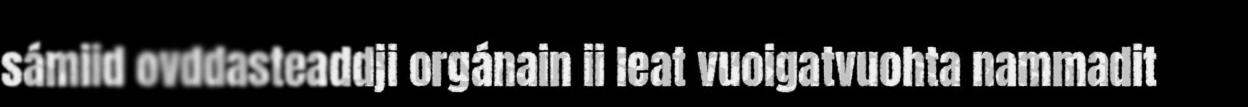
sámiid ovddasteaddji orgánain ii leat vuoigatvuohta nammadit